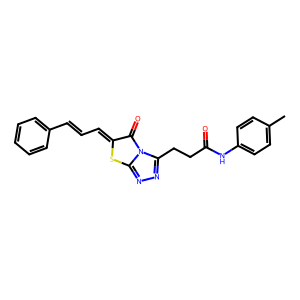
SMILES: Cc1ccc(NC(=O)CCc2nnc3sc(=CC=Cc4ccccc4)c(=O)n23)cc1
Inhibits HIV replication: No